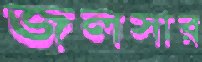
জলসার